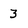
Character: 3